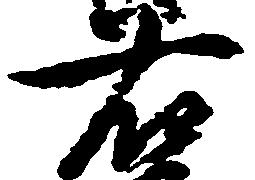
右